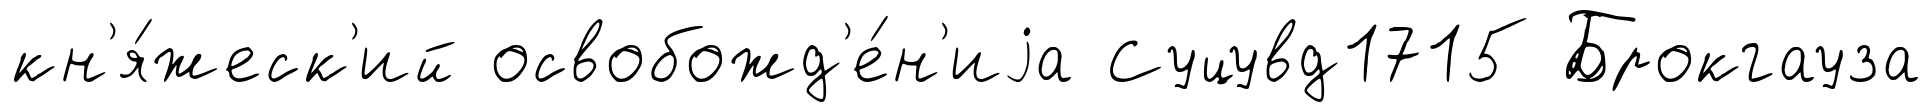
кн'я́жеск'ий освобожд'е́н'иjа Суцувд1715 Брокгауза